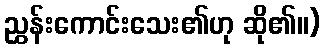
ညွှန်းကောင်းသေး၏ဟု ဆို၏။)